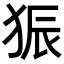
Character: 𪺼